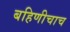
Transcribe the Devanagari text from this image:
बहिणीचाच